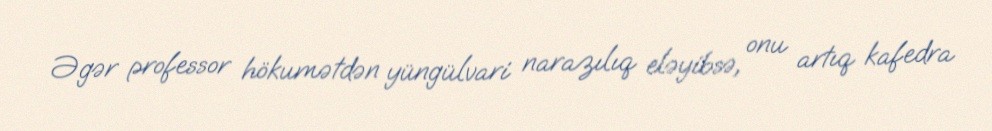
Əgər professor hökumətdən yüngülvari narazılıq eləyibsə, onu artıq kafedra